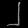
Digit: ၂